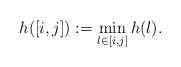
\begin{align*} h([i,j]):=\min_{l\in[i,j]} h(l).\end{align*}